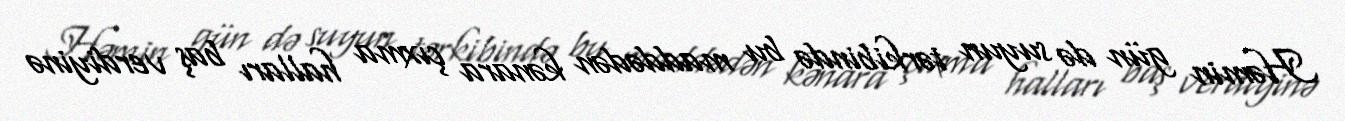
Həmin gün də suyun tərkibində bu maddədən kənara çıxma halları baş verdiyinə